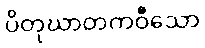
ပိတုဃာတကဝီသော